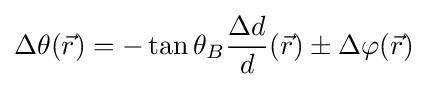
\Delta \theta ({\vec {r}})=-\tan \theta _{B}{\frac {\Delta d}{d}}({\vec {r}})\pm \Delta \varphi ({\vec {r}})